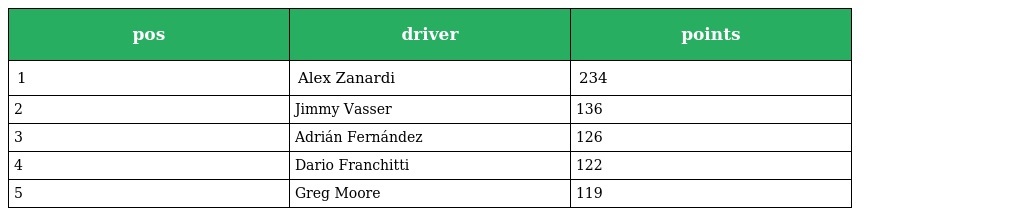
| pos | driver | points |
 | --- | --- | --- |
 | 1 | Alex Zanardi | 234 |
 | 2 | Jimmy Vasser | 136 |
 | 3 | Adrián Fernández | 126 |
 | 4 | Dario Franchitti | 122 |
 | 5 | Greg Moore | 119 |